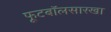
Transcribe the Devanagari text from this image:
फूटबॉलसारखा